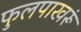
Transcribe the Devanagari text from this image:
फुलपाखरूं